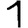
Digit: 1